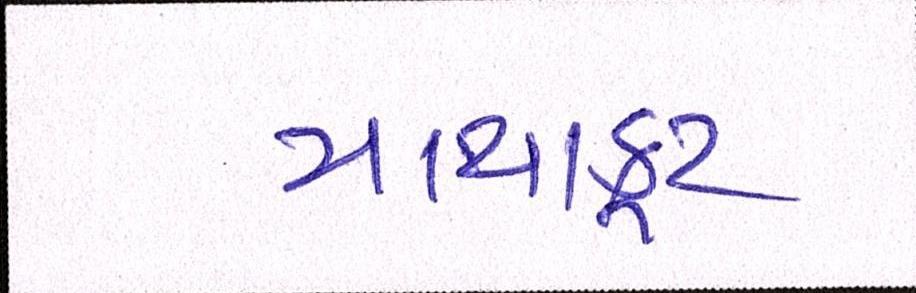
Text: માથાકૂટ